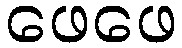
ဖေဖေ